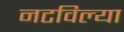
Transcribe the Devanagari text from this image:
नटविल्या